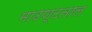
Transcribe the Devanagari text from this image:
माउण्टताल